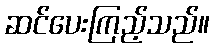
ဆင်ပေးကြည့်သည်။